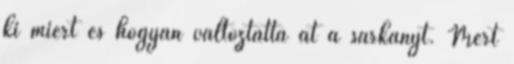
ki miért és hogyan változtatta át a sárkányt. Mert